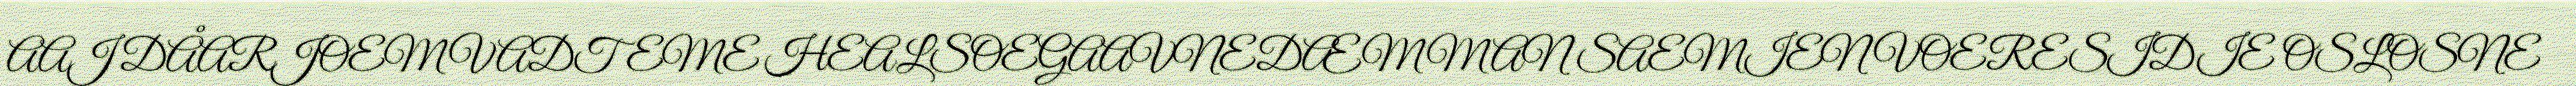
AAJ DÅARJOEM VADTEME HEALSOEGAAVNEDÆMMAN SAEMIEN VOERESIDIE OSLOSNE